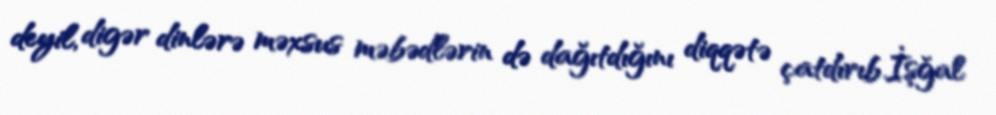
deyil, digər dinlərə məxsus məbədlərin də dağıtdığını diqqətə çatdırıb.İşğal